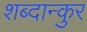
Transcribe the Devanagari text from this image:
शब्दान्कुर